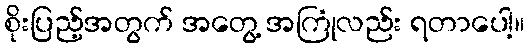
စိုးပြည့်အတွက် အတွေ့ အကြုံလည်း ရတာပေါ့။